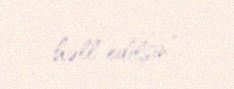
həll edilsin”.